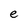
Character: e